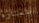
الممتازة